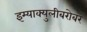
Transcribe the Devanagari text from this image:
इम्‍याक्‍युलीबरोबर